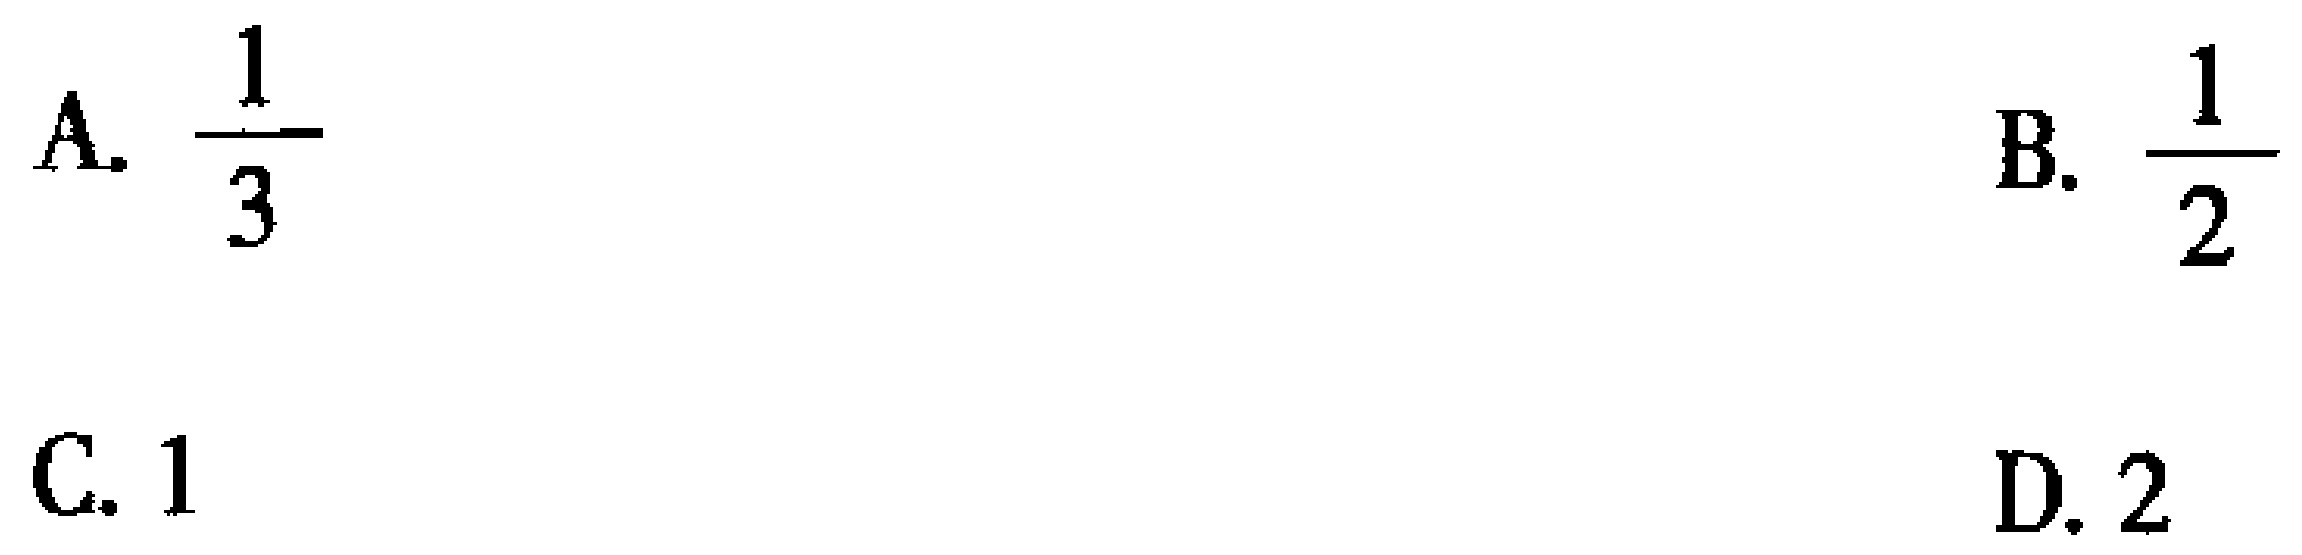
A. \(\frac{1}{3}\)
B. \(\frac{1}{2}\)
C. \(1\)
D. \(2\)